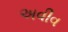
અવીવ